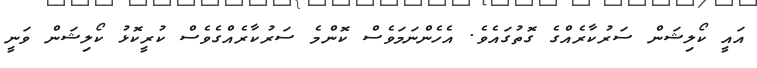
އައީ ކޯލިޝަން ސަރުކާރެއްގެ ގޮތުގައެވެ. އެހެންނަމަވެސް ކޮންމެ ސަރުކާރެއްގެވެސް ކުރީކޮޅު ކޯލިޝަން ވަނީ